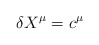
\begin{align*}\delta X^{\mu}= c^{\mu}\end{align*}